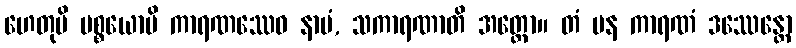
ဟေတုပိ ပစ္စယောပိ ကာရဏဿေဝ နာမံ, သကာရဏာတိ အတ္ထော။ တံ ပန ကာရဏံ ဒဿေန္တော